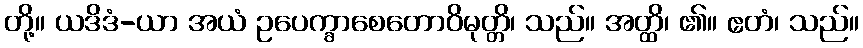
တို့။ ယဒိဒံ-ယာ အယံ ဥပေက္ခာစေတောဝိမုတ္တိ၊ သည်။ အတ္ထိ၊ ၏။ ဧတံ၊ သည်။